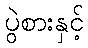
ပွဲစားနှင့်